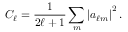
C _ { \ell } = \frac { 1 } { 2 \ell + 1 } \sum _ { m } \left| a _ { \ell m } \right| ^ { 2 } .